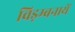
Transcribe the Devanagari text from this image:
विड़म्बनायें